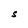
Character: S